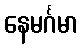
နေမင်္ဂမာ